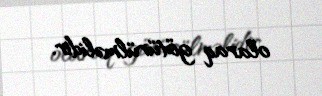
olaraq götürülməlidir.